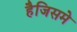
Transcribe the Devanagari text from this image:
हैजिसमे